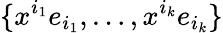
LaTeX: \{ x^{i_{1}}e_{i_{1}},\ldots,x^{i_{k}}e_{i_{k}}\}